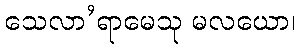
သေလာ’ရာမေသု မလယော၊